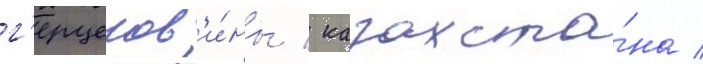
г'ерцегов'и́ны / казахста́на /